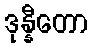
ဒုန္နီတော